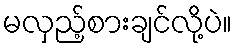
မလှည့်စားချင်လို့ပဲ။